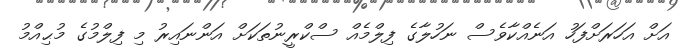
އަށް އަހަރަށްފަހު އަނެއްކާވެސް ނަހުލާގެ ފިލްމެއް ސްކްރީނުތަކަށް އަންނައިރު މި ފިލްމުގެ މުޙިއްމު